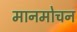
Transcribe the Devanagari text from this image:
मानमोचन